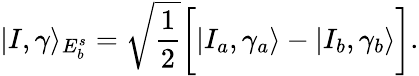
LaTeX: |I,\gamma\rangle_{E_{b}^{s}}=\sqrt{\frac{1}{2}}\bigg[|I_{a},\gamma_{a}\rangle-|I_{b},\gamma_{b}\rangle\bigg].